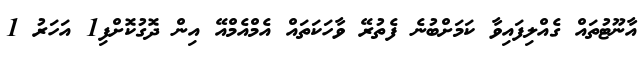
އާނޫޓުތައް ގެއްލިފައިވާ ކަމަށްބުނެ ފެތުރޭ ވާހަކަތައް އެމްއެމްއޭ އިން ދޮގުކޮށްފި1 އަހަރު 1